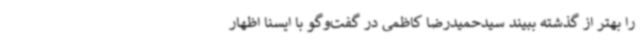
را بهتر از گذشته ببیند سیدحمیدرضا کاظمی در گفت‌وگو با ایسنا اظهار